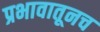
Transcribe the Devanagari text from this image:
प्रभावातूनच